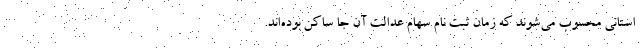
استانی محسوب می‌شوند که زمان ثبت نام سهام عدالت آن جا ساکن بوده‌اند.